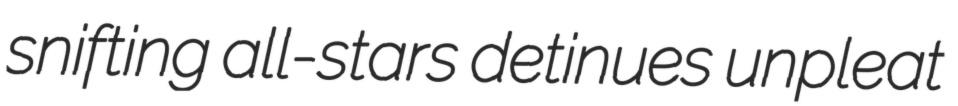
snifting all-stars detinues unpleat